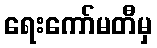
ရေးကော်မတီမှ